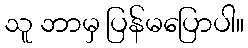
သူ ဘာမှ ပြန်မပြောပါ။